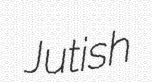
Jutish